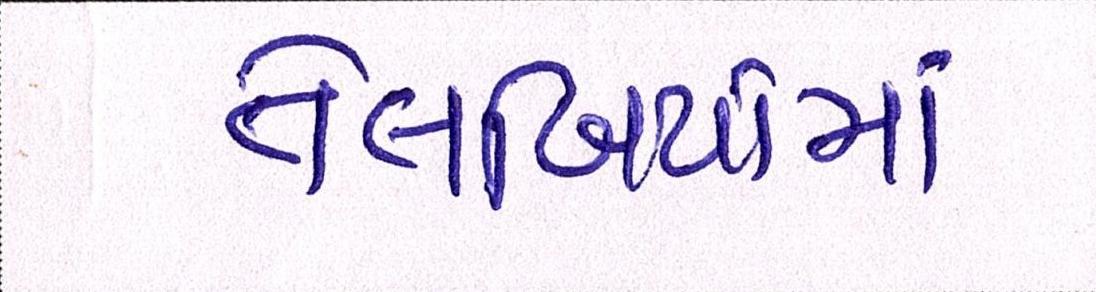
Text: તેલિબિયાંમાં